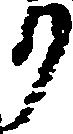
り